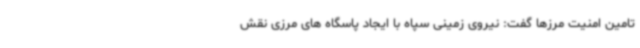
تامین امنیت مرزها گفت: نیروی زمینی سپاه با ایجاد پاسگاه های مرزی نقش